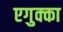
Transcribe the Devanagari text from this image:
एगुक्का